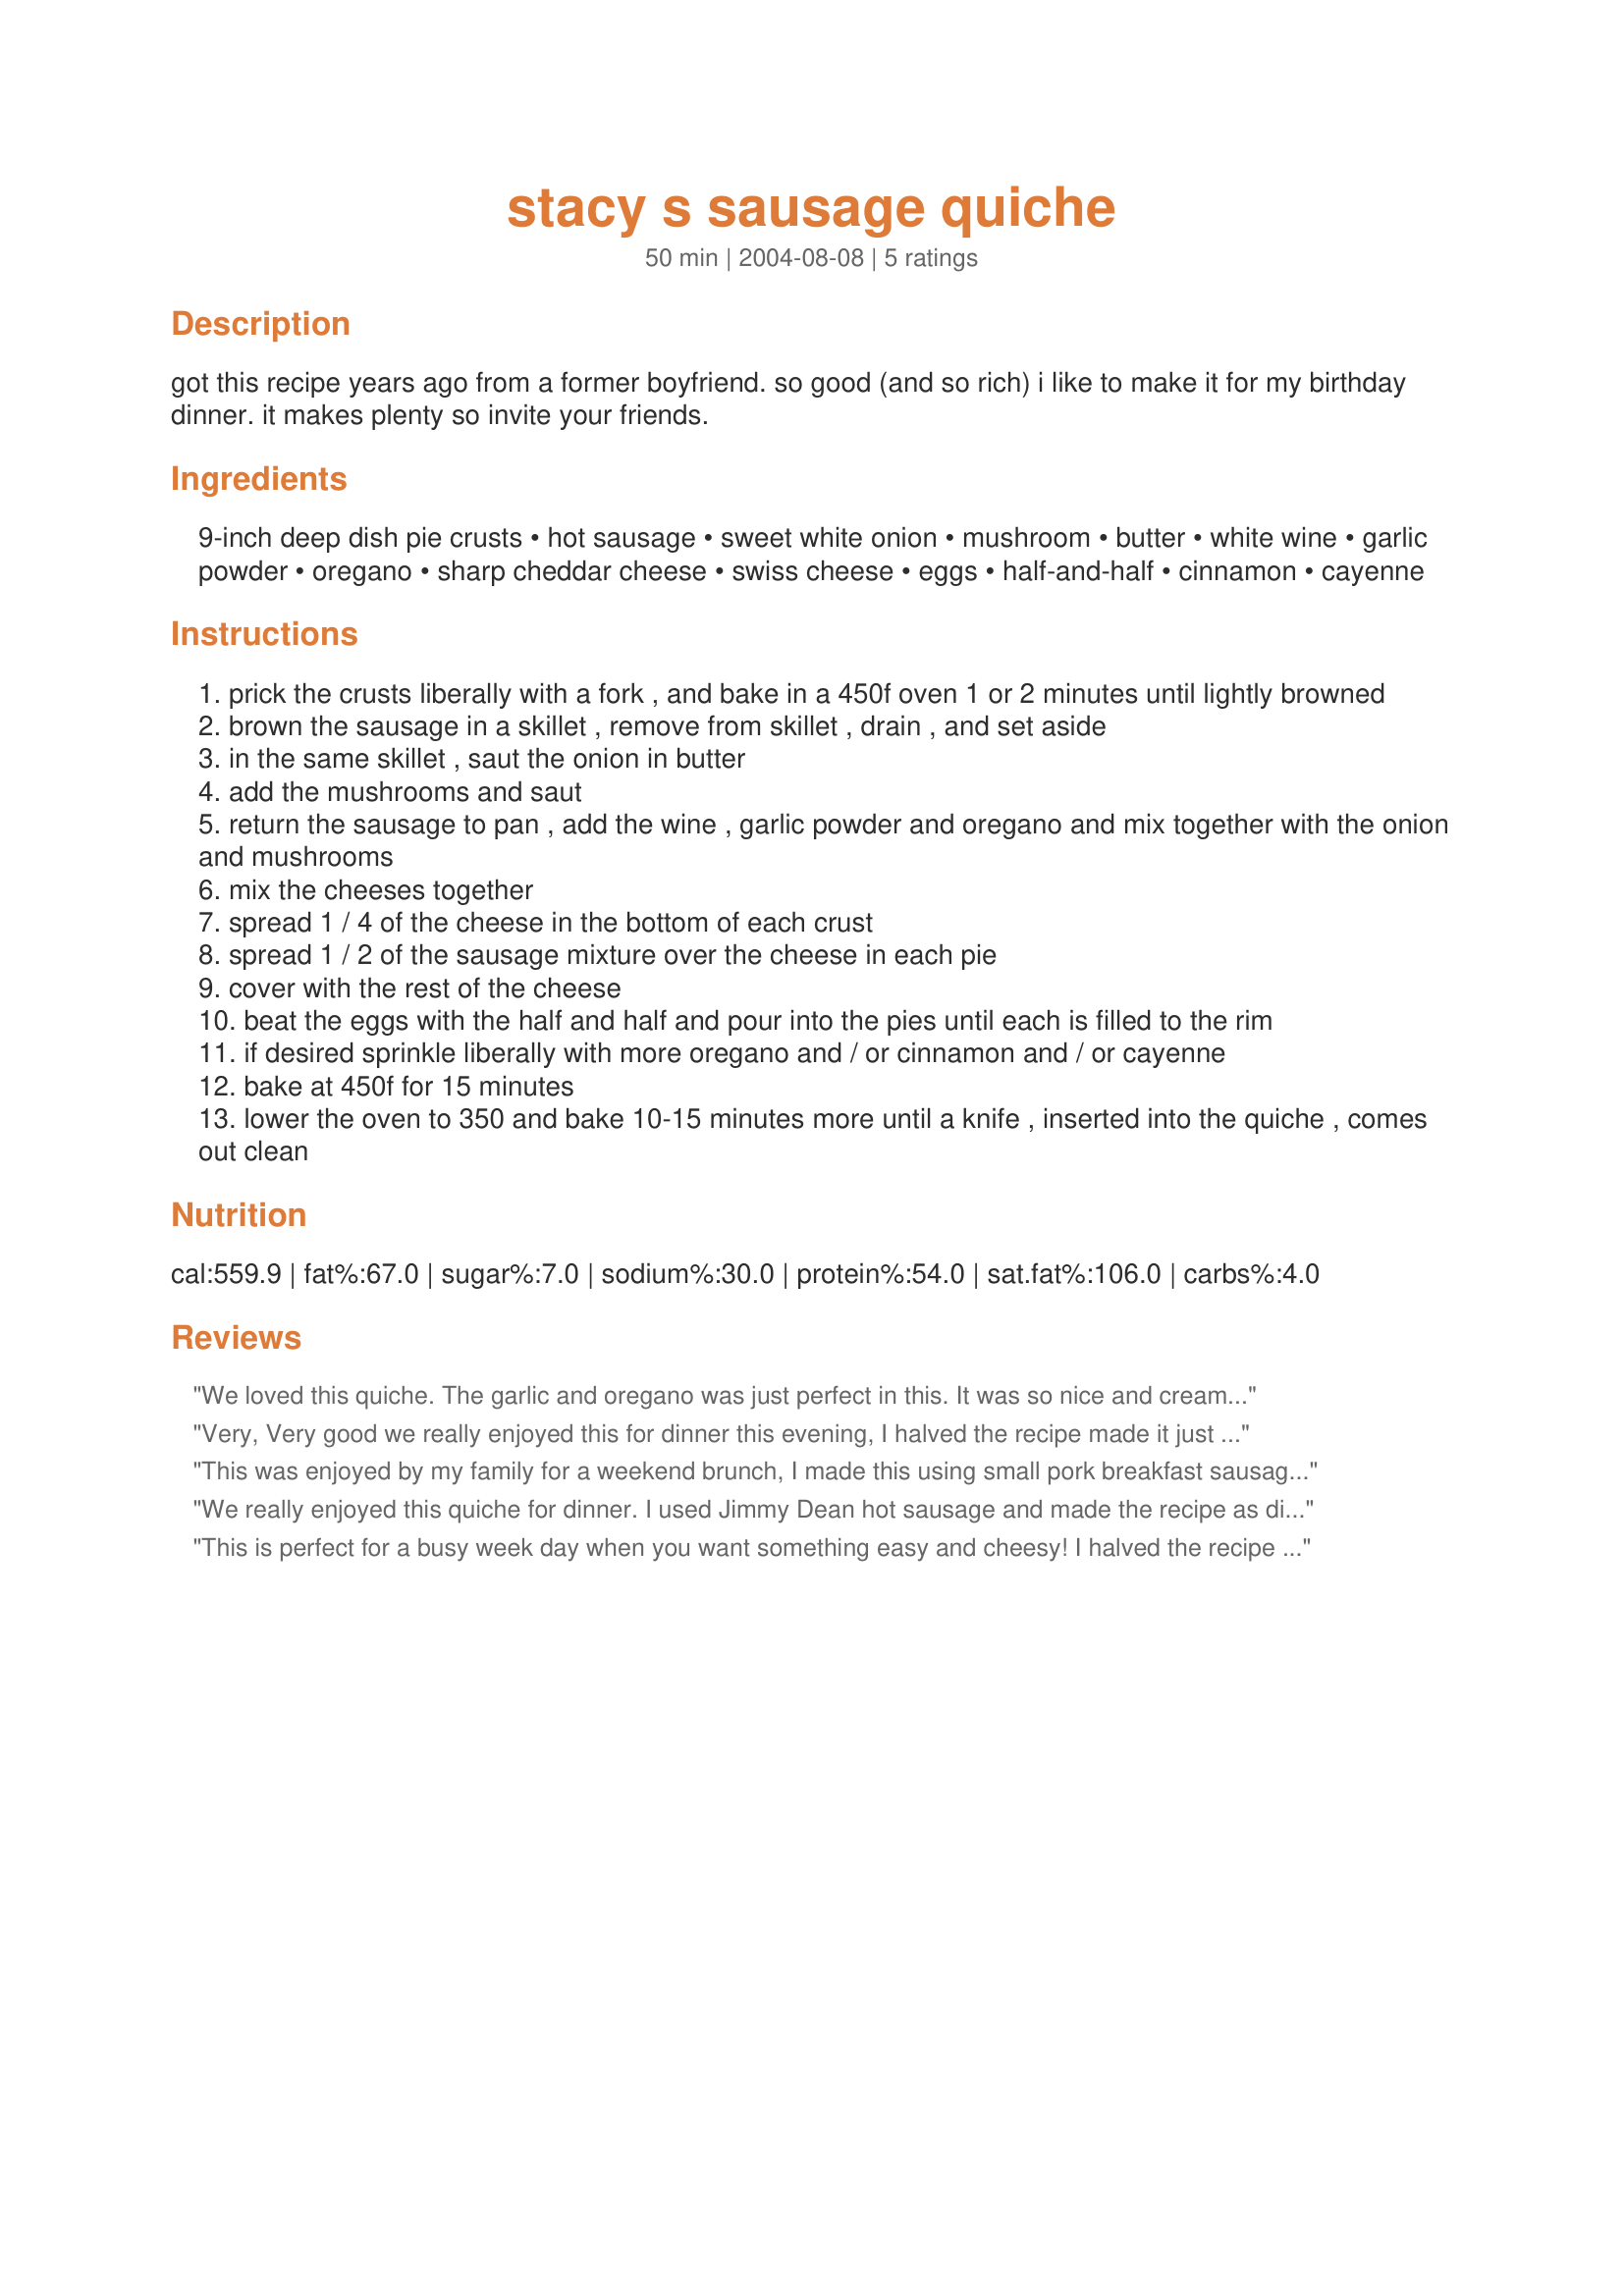
stacy s sausage quiche
Preparation time: 50 minutes

got this recipe years ago from a former boyfriend. so good (and so rich) i like to make it for my birthday dinner. it makes plenty so invite your friends.

Ingredients:
9-inch deep dish pie crusts, hot sausage, sweet white onion, mushroom, butter, white wine, garlic powder, oregano, sharp cheddar cheese, swiss cheese, eggs, half-and-half, cinnamon, cayenne

Steps:
prick the crusts liberally with a fork , and bake in a 450f oven 1 or 2 minutes until lightly browned
brown the sausage in a skillet , remove from skillet , drain , and set aside
in the same skillet , saut the onion in butter
add the mushrooms and saut
return the sausage to pan , add the wine , garlic powder and oregano and mix together with the onion and mushrooms
mix the cheeses together
spread 1 / 4 of the cheese in the bottom of each crust
spread 1 / 2 of the sausage mixture over the cheese in each pie
cover with the rest of the cheese
beat the eggs with the half and half and pour into the pies until each is filled to the rim
if desired sprinkle liberally with more oregano and / or cinnamon and / or cayenne
bake at 450f for 15 minutes
lower the oven to 350 and bake 10-15 minutes more until a knife , inserted into the quiche , comes out clean

Reviews:
We loved this quiche. The garlic and oregano was just perfect in this. It was so nice and creamy. Thanks for posting this lovely recipe.
Very, Very good we really enjoyed this for dinner this evening, I halved the recipe made it just like the recipe said except I found that I was out of Swiss cheese so used Montery Jack. It was very good. Next time i will make sure I have the Swiss cheese. This has been added to my recipe book, thank you eebrag for the recipe.
This was enjoyed by my family for a weekend brunch, I made this using small pork breakfast sausages removed from casings, I also increased the egg to six, thank you for sharing echo!...Kitten
We really enjoyed this quiche for dinner. I used Jimmy Dean hot sausage and made the recipe as directed. I made 2 quiches and put one in the freezer until this weekend when my daughter is coming over. I'm sure that it will be a hit with her as well. Thanks echo for a tasty and easy meal.
This is perfect for a busy week day when you want something easy and cheesy! I halved the recipe also to make only one pie, using 2 eggs and white grape juice (for the wine). I was also out of oregano so used basil without any problems. Thanks for sharing this delicious busy day meal!
